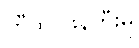
တီထွင်ဖန်တီးမှု